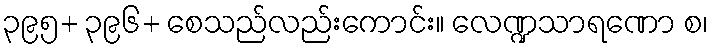
၃၉၅+ ၃၉၆+ စေသည်လည်းကောင်း။ လေဏ္ဍသာရဏော စ၊